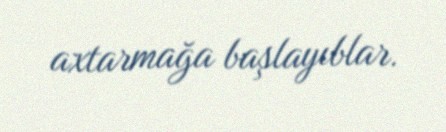
axtarmağa başlayıblar.